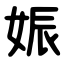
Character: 娠